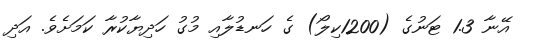
އޭނާ 1.3 ޓަނުގެ (1200ކިލޯ) ގެ ހަނޑުލާއި މުގު ހަދިޔާކުރާ ކަމަށެވެ. އަދި